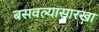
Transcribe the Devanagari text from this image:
बसवल्यासारखा